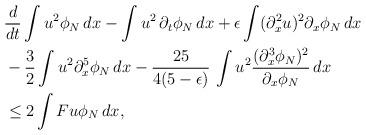
LaTeX: \begin{align*}&\frac{d}{dt}\int u^2\phi_N\,dx -\int u^2\,\partial_t\phi_N\,dx+\epsilon\int (\partial_x^2u)^2\partial_x\phi_N\,dx\\&-\frac32 \int u^2\partial_x^5\phi_N\,dx-\frac{25}{4(5-\epsilon)}\,\int u^2 \frac{(\partial_x^3\phi_N)^2}{\partial_x\phi_N}\,dx\\&\le 2\int F u\phi_N\,dx,\end{align*}